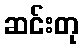
ဆင်းတု